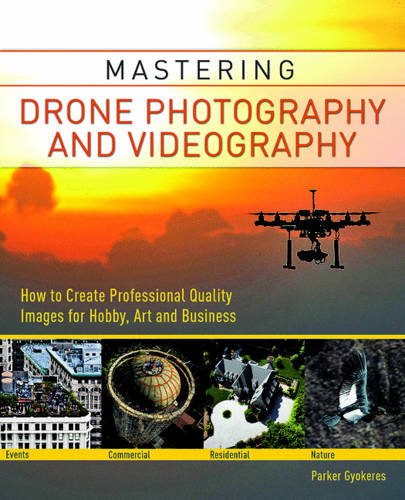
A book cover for Mastering Drone Photography and Videography: How to Create Professional Quality Images for Hobby, Art and Business; Parker Gyokeres; Arts & Photography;